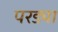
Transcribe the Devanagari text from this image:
परड्या